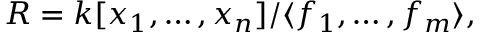
R = k [ x _ { 1 } , \ldots , x _ { n } ] / \langle f _ { 1 } , \ldots , f _ { m } \rangle ,